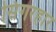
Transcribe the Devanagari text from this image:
सिंगरहार